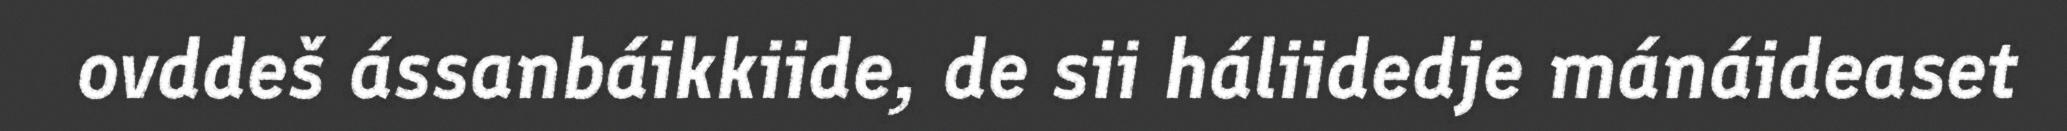
ovddeš ássanbáikkiide, de sii háliidedje mánáideaset